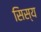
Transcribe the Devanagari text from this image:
सिस्य